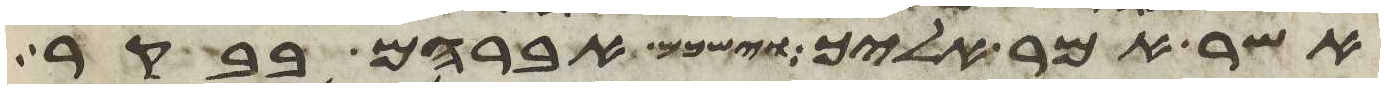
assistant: אשר אמר אליך וישכם אברהם בבקר